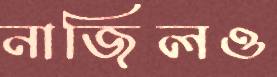
নাজিলও